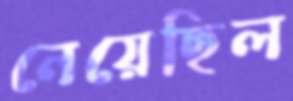
নেয়েছিল